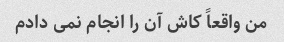
من واقعاً کاش آن را انجام نمی دادم